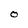
Character: O